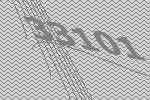
33101